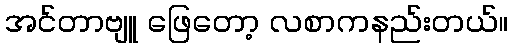
အင်တာဗျူ ဖြေတော့ လစာကနည်းတယ်။